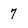
Character: 7